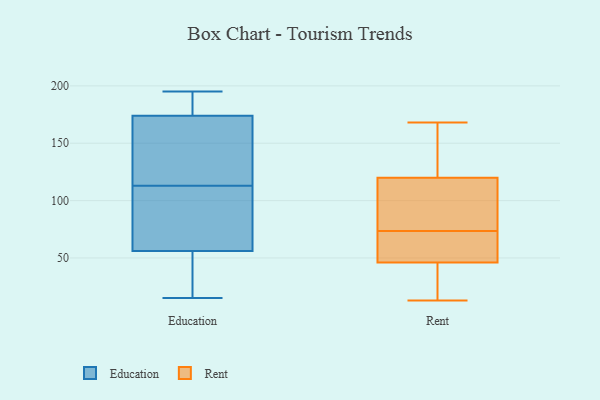
{"axis": {"x": "Budget (USD K)", "y": "Value"}, "legend": ["Education", "Rent"], "data": [{"x": "", "y": 67, "type": "Education"}, {"x": "", "y": 15, "type": "Education"}, {"x": "", "y": 138, "type": "Education"}, {"x": "", "y": 184, "type": "Education"}, {"x": "", "y": 57, "type": "Education"}, {"x": "", "y": 195, "type": "Education"}, {"x": "", "y": 39, "type": "Education"}, {"x": "", "y": 164, "type": "Education"}, {"x": "", "y": 193, "type": "Education"}, {"x": "", "y": 20, "type": "Education"}, {"x": "", "y": 65, "type": "Education"}, {"x": "", "y": 185, "type": "Education"}, {"x": "", "y": 114, "type": "Education"}, {"x": "", "y": 55, "type": "Education"}, {"x": "", "y": 135, "type": "Education"}, {"x": "", "y": 45, "type": "Education"}, {"x": "", "y": 89, "type": "Education"}, {"x": "", "y": 186, "type": "Education"}, {"x": "", "y": 112, "type": "Education"}, {"x": "", "y": 154, "type": "Education"}, {"x": "", "y": 46, "type": "Rent"}, {"x": "", "y": 99, "type": "Rent"}, {"x": "", "y": 71, "type": "Rent"}, {"x": "", "y": 50, "type": "Rent"}, {"x": "", "y": 22, "type": "Rent"}, {"x": "", "y": 124, "type": "Rent"}, {"x": "", "y": 120, "type": "Rent"}, {"x": "", "y": 13, "type": "Rent"}, {"x": "", "y": 76, "type": "Rent"}, {"x": "", "y": 168, "type": "Rent"}]}